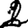
Digit: 2